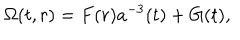
\Omega ( t , r ) = F ( r ) a ^ { - 3 } ( t ) + G ( t ) ,